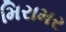
મિરામર